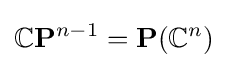
\mathbb {C} \mathbf {P} ^{n-1}=\mathbf {P} (\mathbb {C} ^{n})